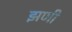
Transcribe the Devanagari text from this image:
झणी